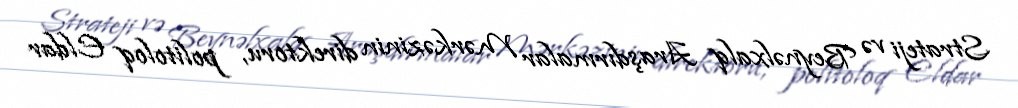
Strateji və Beynəlxalq Araşdırmalar Mərkəzinin direktoru, politoloq Eldar